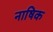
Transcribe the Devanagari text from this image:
नाषिक